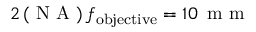
2 \, ( \textup { N A } ) \, f _ { \mathrm { o b j e c t i v e } } = 1 0 \, \textup { m m }